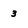
Character: 3